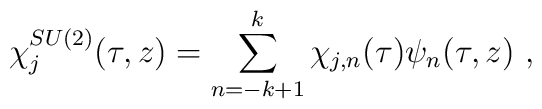
\chi_j ^{SU(2)} (\tau,z) =   \sum_{n=-k+1} ^{k} \chi_{j,n} (\tau) \psi_n (\tau,z) ~,